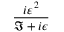
\frac { i \varepsilon ^ { 2 } } { \Im + i \epsilon }